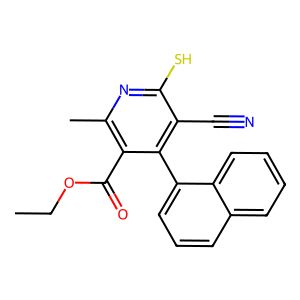
SMILES: CCOC(=O)c1c(C)nc(S)c(C#N)c1-c1cccc2ccccc12
Inhibits HIV replication: No